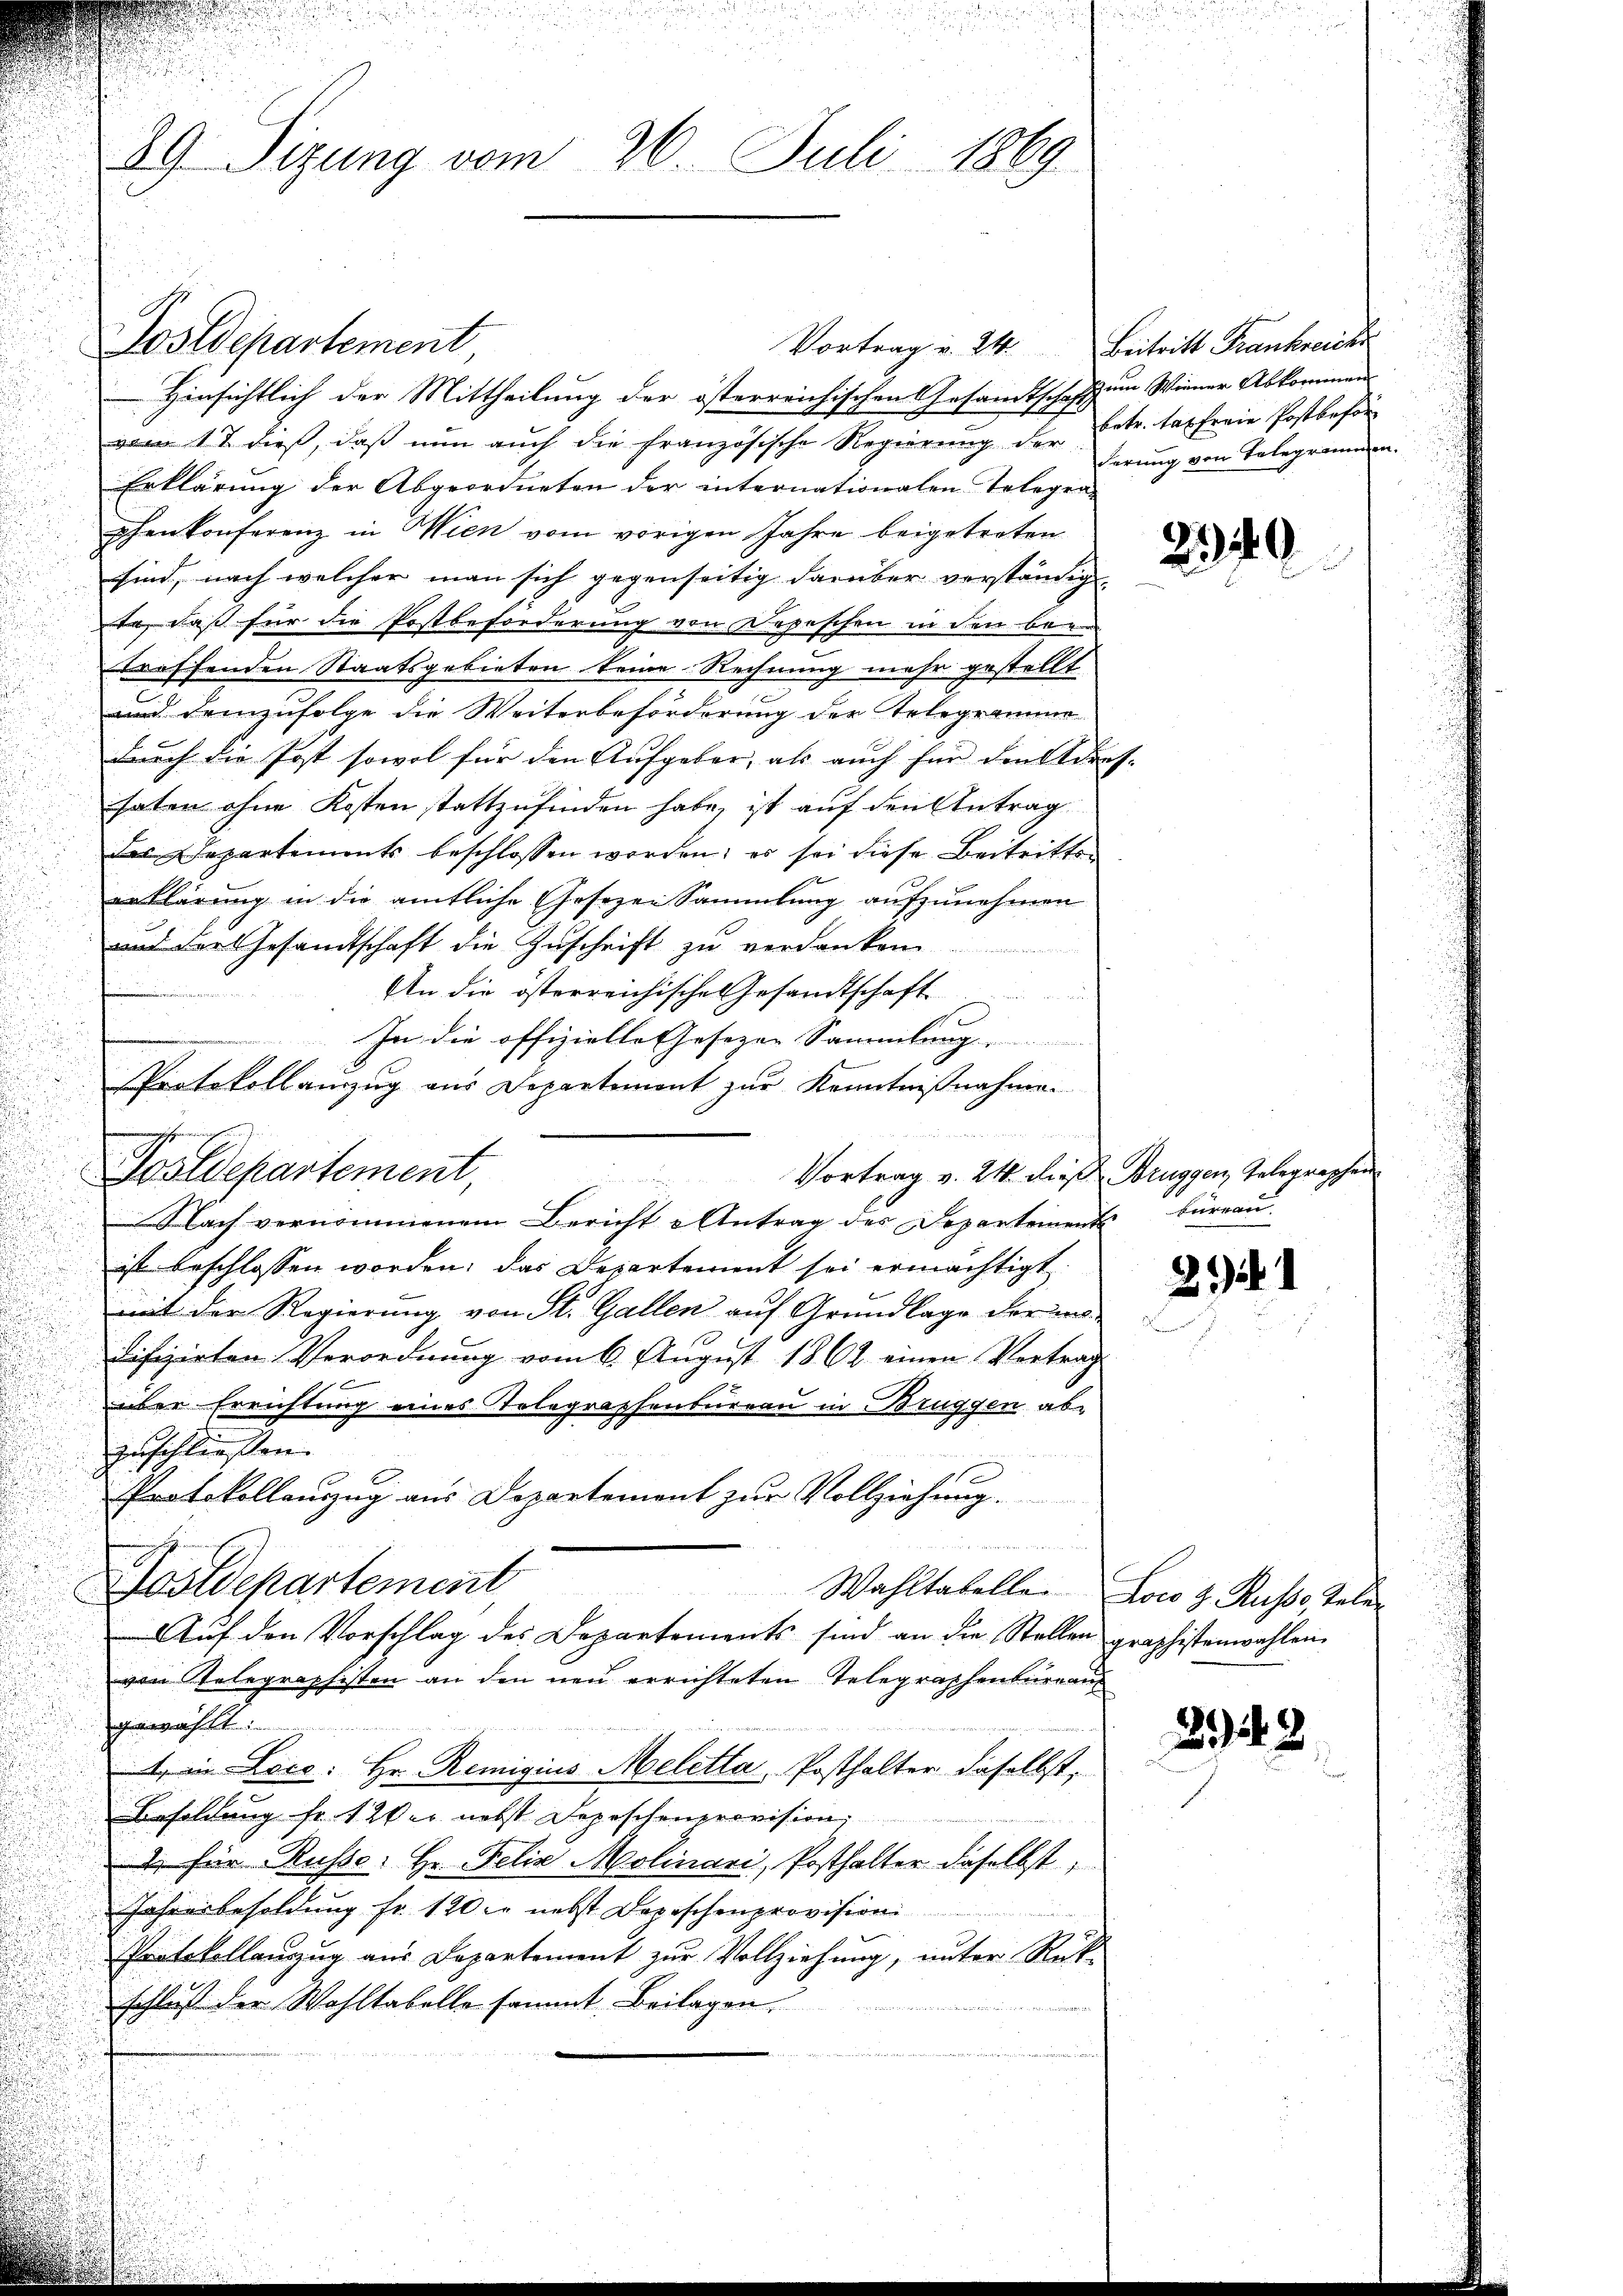
89 Sizung vom 26. Juli 1869

Postdepartement
Vortrag u. 24. Beitritt Frankreich
Hinsichtlich der Mittheilung der österreichischen Gesandtschaft zum Wiener Abkommen-
vom 17. dieß, daß nun auch die französische Regierung der Betr. tapferie Postbeför¬
Erklärung der Abgeordneten der internationalen Telegra-
phenkonferenz in Wien vom vorigen Jahre beigetreten
sind, nach welcher man sich gegenseitig darüber verständig
ta, daß für die Postbeförderung von Depeschen in den be-
treffenden Staatsgebieten keine Rechnung mehr gestellt
und demzufolge die Weiterbeförderung der Telegrammer
durch die Post sowol für den Aufgeber, als auch für den Adres-
haten ohne Kosten stattzufinden habe, ist auf den Antrag
des Departements beschlossen worden; es sei diese Beitritts-
erklärung in die amtliche Ehesezen Sammlung aufzunehmen
und der Gesandtschaft die Zuschrift zu verdanken.
An die österreichische Gesandtschaft
In die offizielle Gesezen Sammlung
Protokollamzug aus Departement zur Kenntnißnahme.
 rangen
Vortrag v. 24. dieß Bruggen, Gelegraphen
Postdepartement,

Nach vernommenem Bericht u Antrag des Departement büreaŭ.
i
ist beschlossen worden; das Departement sei ermächtigt
mit der Regierung von St. Gallen auf Grundlage der ma-
difizirten Verordnung vom 6. August 1862 einen Vortrag
über Errichtung eines Tolographenbureau in Brüggen ab¬
Zuschließen.
Protokollauszug aus Departement zur Vollziehung.
Postdepartement,
Wahltatellen Loco z. Russe Tele
Auf den Vorschlag des Departements sind an die Stellen graphistenwahlen.
von Telegraphisten an den neu errichteten Telegraphenbureau
.
1, in Loco: Hr. Remigius Meletta, Posthalter daselbst,
Besoldung fr. 1 Wer nebst Depeschenprovision,
1 für Busso. Hr. Felix Molinari, Posthalter daselbst
Jahresbesoldung fr. 120 er nebst Depeschenprovision
Protokollauszug aus Departement zur Vollziehung, unter Rück-
schluß der Wohltabelle sammt Beilagen.

derung von Telegrammen

2340

244

221. 2